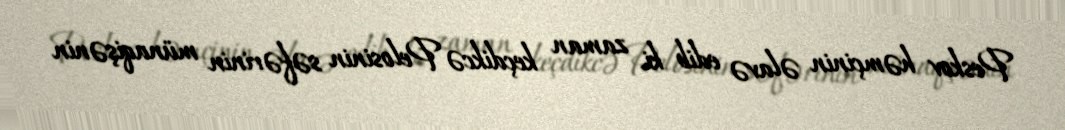
Peskov həmçinin əlavə edib ki, zaman keçdikcə Pelosinin səfərinin münaqişənin